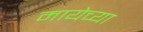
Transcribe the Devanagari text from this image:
मायेच्या